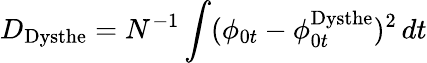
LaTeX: D_{\mathrm{{Dysthe}}}=N^{-1}\int(\phi_{0t}-\phi_{0t}^{\mathrm{{Dysthe}}})^{2}\, dt